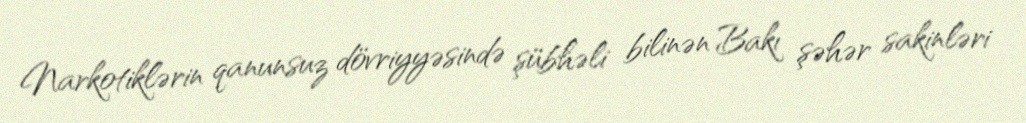
Narkotiklərin qanunsuz dövriyyəsində şübhəli bilinən Bakı şəhər sakinləri